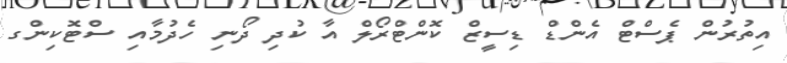
އިތުރުން ޕެސްޓް އެންޑް ޑިސީޒް ކޮންޓްރޯލް އާ ކުދި ދޯނި ހެދުމާއި ސްޓޮކިންގ